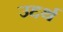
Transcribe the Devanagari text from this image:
उद्दर्थ